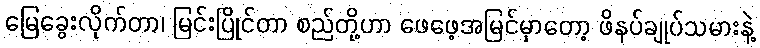
မြေခွေးလိုက်တာ၊ မြင်းပြိုင်တာ စည်တို့ဟာ ဖေဖေ့အမြင်မှာတော့ ဖိနပ်ချုပ်သမားနဲ့